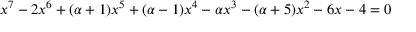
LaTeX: x ^ { 7 } - 2 x ^ { 6 } + ( \alpha + 1 ) x ^ { 5 } + ( \alpha - 1 ) x ^ { 4 } - \alpha x ^ { 3 } - ( \alpha + 5 ) x ^ { 2 } - 6 x - 4 = 0